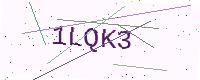
Text: 1LQK3